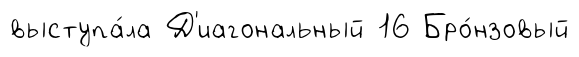
выступа́ла Д'иагональный 16 Бро́нзовый